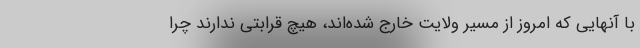
با آنهایی که امروز از مسیر ولایت خارج شده‌اند، هیچ قرابتی ندارند چرا